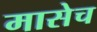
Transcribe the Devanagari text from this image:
मासेच